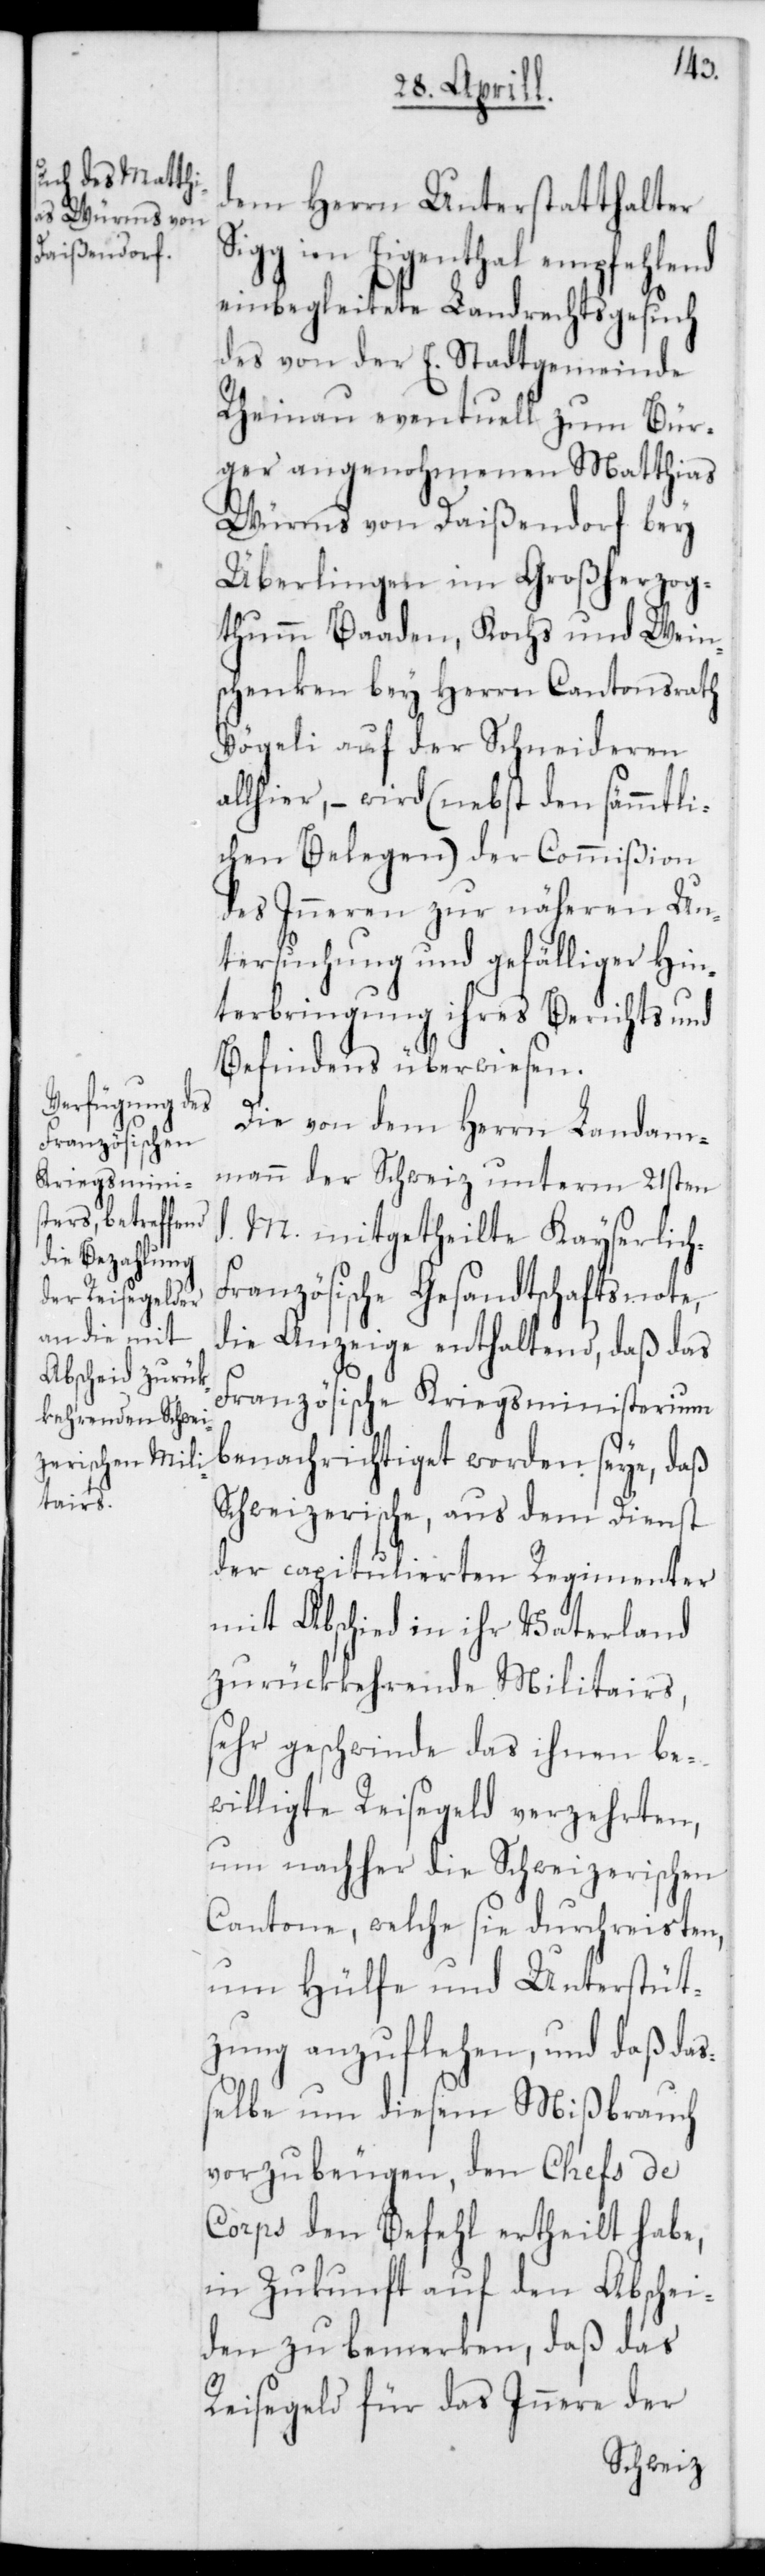
dem Herrn Unterstatthalter
Sigg im Eigenthal empfehlend
einbegleitete Landrechtsgesuch
des von der E. Stadtgemeinde
Rheinau eventuell zum Bür¬
ger aufgenohmenen Matthias
Würms von Daißendorf bey
Überlingen im Großherzog¬
tumm Baaden, Kochs und Wein¬
schenken bey Herrn Cantonsrath
Vögeli auf der Schneideren
allhier, – wird (nebst den sämmtli¬
chen Belegen) der Commißion
des Inneren zur näheren Un¬
tersuchung und gefälliger Hin¬
terbringung ihres Berichts und
Befindens überwiesen.
h-F¬
Die von dem Herrn Landam¬
mann der Schweiz unterm 21sten
M. mitgetheilte Kayserlic¬
ranzösische Gesandtschaftsnote,
die Anzeige enthaltend, daß das
Französische Kriegsministerium
benachrichtiget worden seye, daß
Schweizerische, aus dem Dienst
der capitulierten Regimenter
mit Abschied in ihr Vaterland
zurückkehrende Militairs,
sehr geschwinde das ihnen be¬
willigte Reisegeld verzehrten,
um nachher die Schweizerischen
Cantone, welche sie durchreisten,
um Hülfe und Unterstüt¬
zung anzuflehen, und daß da¬
ßelbe um diesen Mißbrauch
vorzubeugen, den Chefs de
Corps den Befehl ertheilt habe,
in Zukunft auf den Abschei¬
den zu bemerken, daß das
Reisegeld für das Innere der